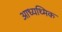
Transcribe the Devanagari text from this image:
आध्यथ्मिक